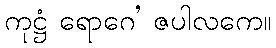
ကုဋ္ဌံ ရောဂေ’ ဇပါလကေ။